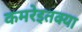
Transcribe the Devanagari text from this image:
कमरेइतक्या